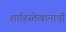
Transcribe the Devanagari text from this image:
शाहिस्तेखानाचीं